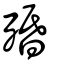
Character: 殙